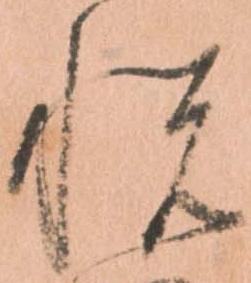
悦